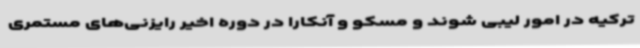
ترکیه در امور لیبی شوند و مسکو و آنکارا در دوره اخیر رایزنی‌های مستمری